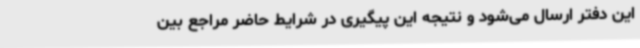
این دفتر ارسال می‌شود و نتیجه این پیگیری در شرایط حاضر مراجع بین